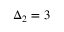
\Delta _ { 2 } = 3